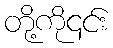
တို့ကို၎င်း